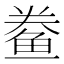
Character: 鲞